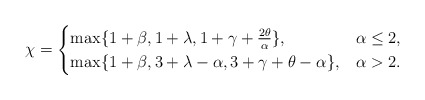
\begin{align*}\chi =\begin{cases}\max\{1+\beta, 1+\lambda, 1+ \gamma+ \frac{2\theta}{\alpha} \}, & \alpha \leq 2 , \\\max\{1+\beta, 3+\lambda-\alpha, 3+\gamma+\theta-\alpha\}, & \alpha > 2 .\end{cases}\end{align*}